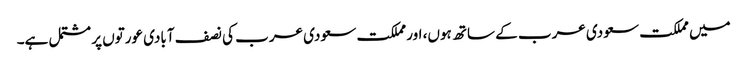
میں مملکت سعودی عرب کے ساتھ ہوں، اور مملکت سعودی عرب کی نصف آبادی عورتوں پر مشتمل ہے۔